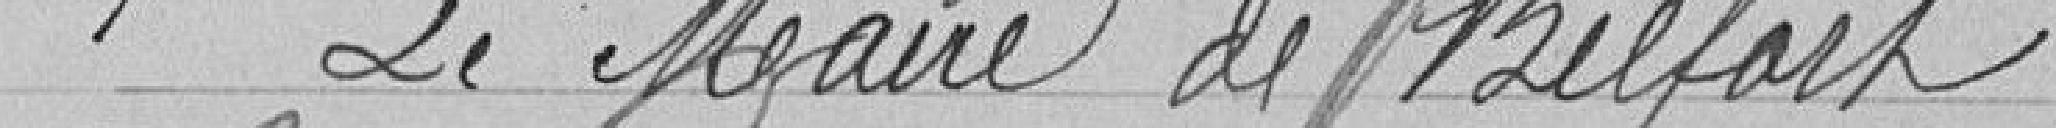
Le Maire de Belfort